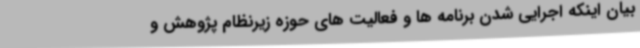
بیان اینکه اجرایی شدن برنامه ها و فعالیت های حوزه زیرنظام پژوهش و